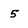
Character: 5